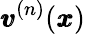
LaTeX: {\pmb v}^{(n)}({\pmb x})